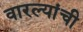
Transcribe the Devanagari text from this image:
वारल्यांची